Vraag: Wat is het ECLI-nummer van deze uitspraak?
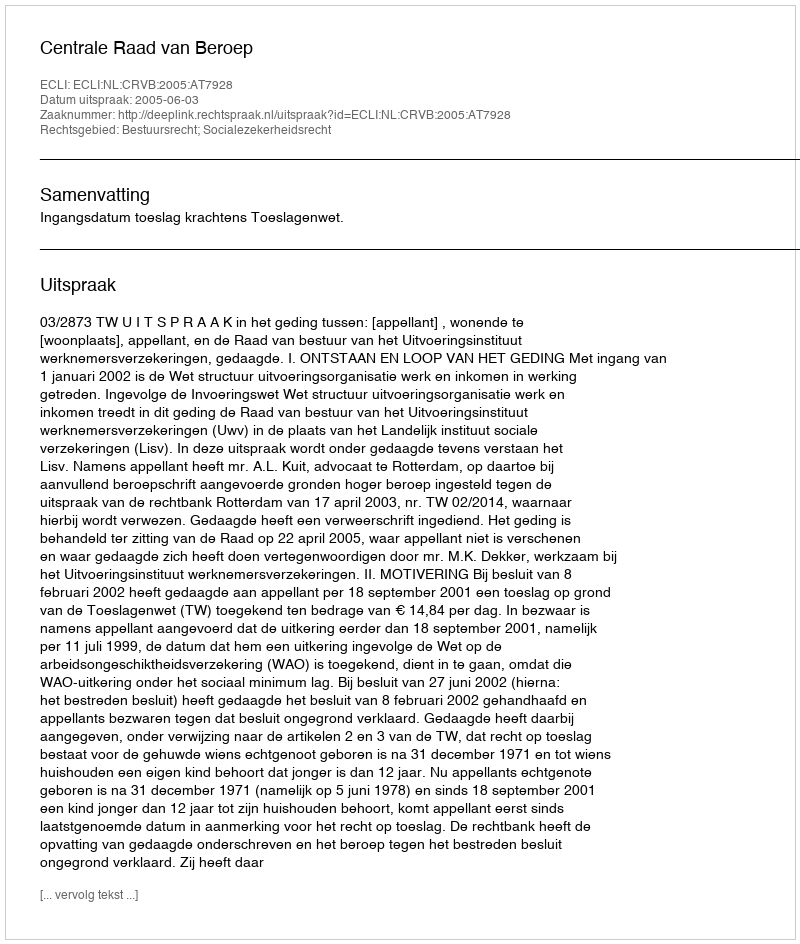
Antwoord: ECLI:NL:CRVB:2005:AT7928